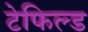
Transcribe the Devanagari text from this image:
टेफिल्ड